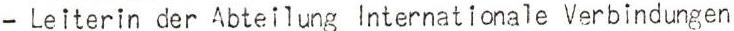
- Leiterin der Abteilung Internationale Verbindungen